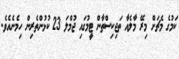
ކަމުގެ މެޗަށް މިރޭ މާލެއާ ތަޖިކިސްތާން ޓީމުގައި ޖުމްލަ 23 ކުޅުންތެރިން ހިމެނެއެވެ.